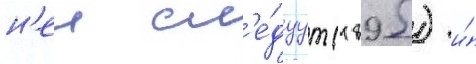
н'еи сл'е́дуут (1895) и́